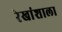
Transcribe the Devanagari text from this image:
रेखांशाला